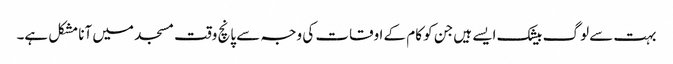
بہت سے لوگ بیشک ایسے ہیں جن کو کام کے اوقات کی وجہ سے پانچ وقت مسجد میں آنا مشکل ہے۔